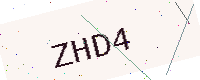
Text: ZHD4